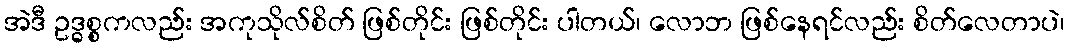
အဲဒီ ဥဒ္ဓစ္စကလည်း အကုသိုလ်စိတ် ဖြစ်တိုင်း ဖြစ်တိုင်း ပါတယ်၊ လောဘ ဖြစ်နေရင်လည်း စိတ်လေတာပဲ၊